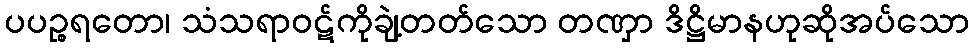
ပပဉ္စရတော၊ သံသရာဝဋ်ကိုချဲ့တတ်သော တဏှာ ဒိဋ္ဌိမာနဟုဆိုအပ်သော